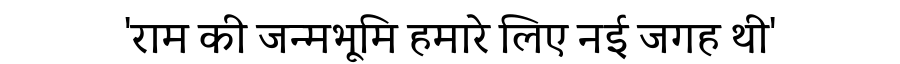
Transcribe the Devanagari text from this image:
'राम की जन्मभूमि हमारे लिए नई जगह थी'